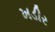
ખડીર